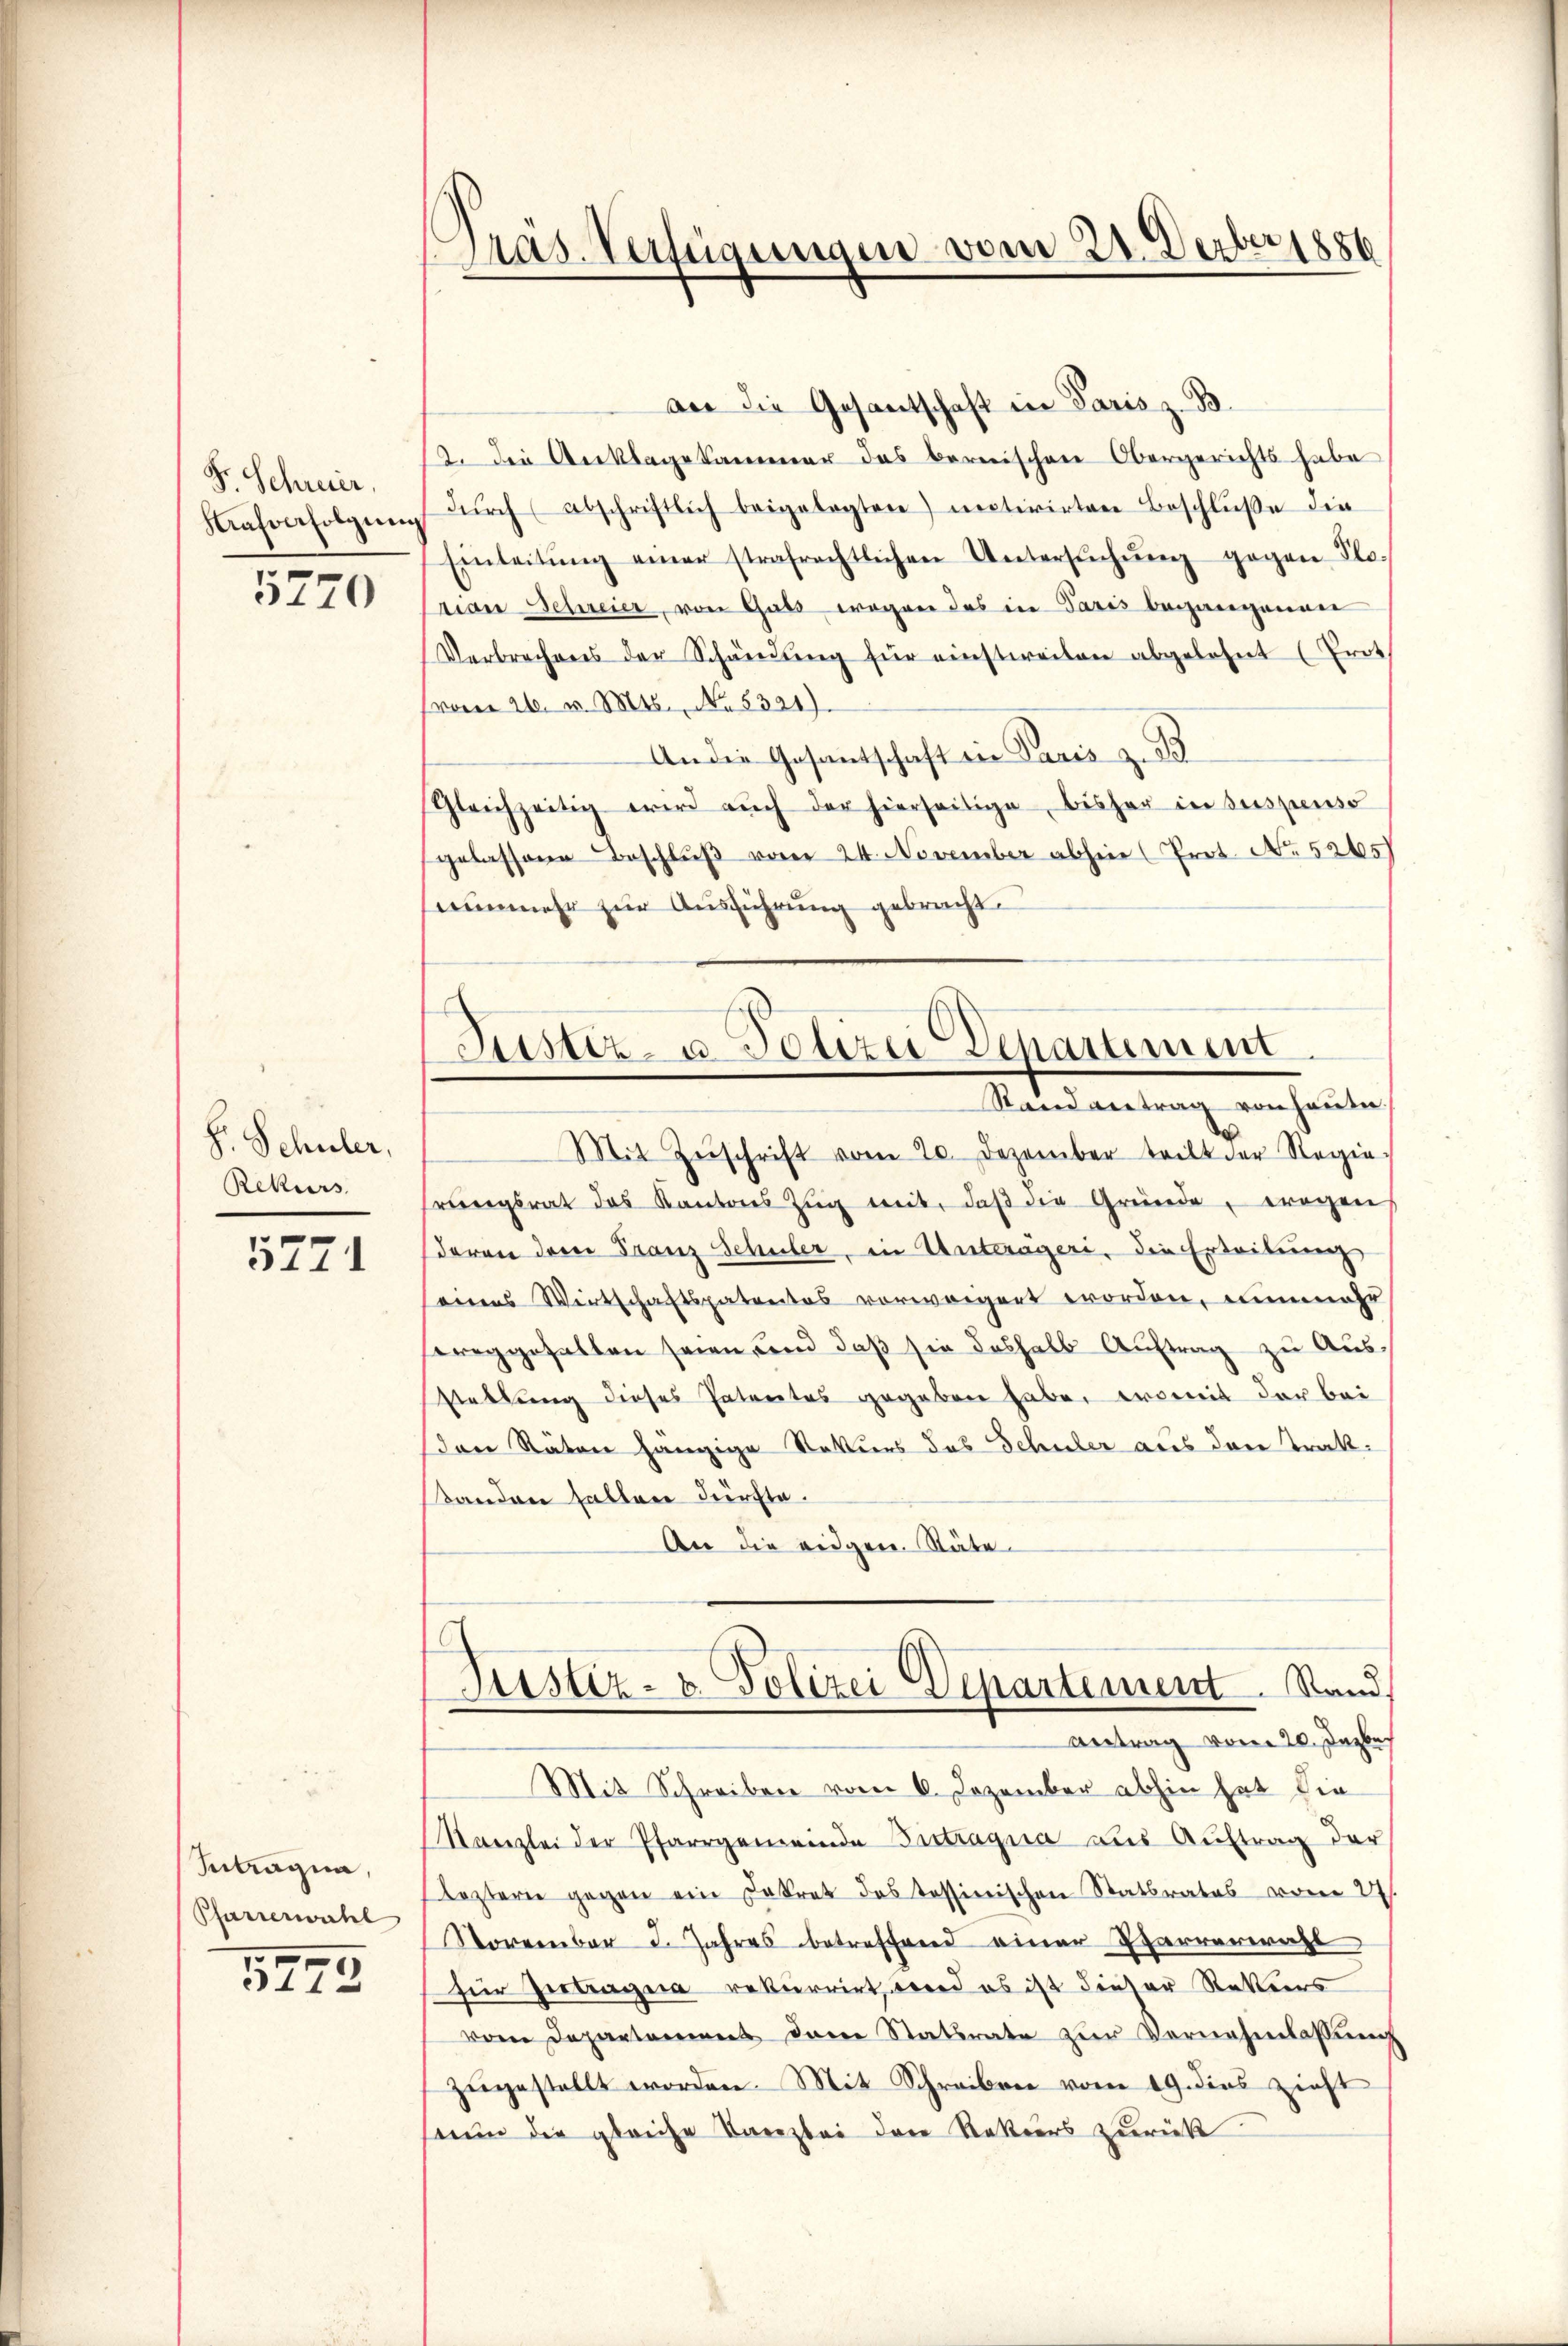
F. Schreier,
Kafverfolgung

5770

F. Schuler,
Rekurs

5771

Intragna,
Pfarrerwähl
i

11

Pras. Verfügungen vom 21. Derber 1886

an die Gesantschaft in Paris z. B.
2. Die Anklagskammer das bernischen Obergerichts habe
dŭrch abschriftlich beigelegten motivirten Beschlŭβe die
Einleitŭng einer strafrechtlichen Untersŭchŭng gegen Plo-
rian Schreier, von Guts wegen das in Paris begangenen
Verbrechens der Schändŭng für einstweilen abgelehnt (Prot
vom 26. v. Mts. No. 5321).
An die Gesantschaft in Paris z. B
Gleichzeitig wird aŭch der hierseitige bisher in suspenso
gelassene Beschluß vom 24. November abhin (Prot. No. 5265)
nunmehr zur Ausführung gebracht.

Justiz- u. Polizei Departement
Stand antrag von heute.

Mit Zŭschrift vom 20. Dezember teilt der Regie-
rŭngsrat das Kantons Zŭg mit, daβ die Gründe, wegen
davon derer Franz Schuler, in Unterägeri, die Erteilung
eines Wirtschaftspatentes vorwärgert worden, nunmehr
ereggefallen seien und daß sie deshalb Auftrag zu Aus¬
Vellung dieses Patentes gegeben habe, womit der bei
den Räten hängige Rekurs das Schuler aus den Trak¬
Standen fallen dürfte.
An die eidgen. Stäte
Justiz- u. Polizei Departement. Stand,
Antrag von 20. Dabe
Mit Schreiben vom 6. Dezember abhin hat die
Kanzlei der Pfarrgemeinde Instragua aus Auftrag der
lezteren gegen ein Dekret des tessinischen Statsrates vom 27.
November 3. Jahres betreffend einer Pfarrerwahl
für Gertragua rekurrirt, wird es ist dieser Rekurs
von Departement dann Statsrate zur Vernehmlassung
zugestellt worden. Mit Schreiben vom 19. dies zieht
nun die gleiche Kanzlei der Rekurs zurück